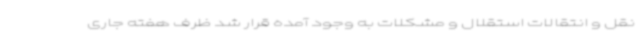
نقل و انتقالات استقلال و مشکلات به وجود آمده قرار شد ظرف هفته جاری